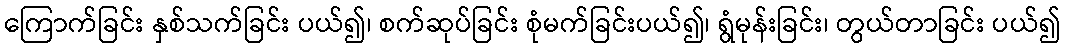
ကြောက်ခြင်း နှစ်သက်ခြင်း ပယ်၍၊ စက်ဆုပ်ခြင်း စုံမက်ခြင်းပယ်၍၊ ရွံမုန်းခြင်း၊ တွယ်တာခြင်း ပယ်၍